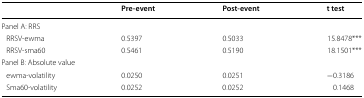
<table><thead><tr><td></td><td><b>Pre-event</b></td><td><b>Post-event</b></td><td><b>t test</b></td></tr></thead><tbody><tr><td colspan="4">Panel A: RRS</td></tr><tr><td> RRSV-ewma</td><td>0.5397</td><td>0.5033</td><td>15.8478***</td></tr><tr><td> RRSV-sma60</td><td>0.5461</td><td>0.5190</td><td>18.1501***</td></tr><tr><td colspan="4">Panel B: Absolute value</td></tr><tr><td> ewma-volatility</td><td>0.0250</td><td>0.0251</td><td>−0.3186</td></tr><tr><td> Sma60-volatility</td><td>0.0252</td><td>0.0252</td><td>0.1468</td></tr></tbody></table>